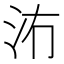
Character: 𱥲